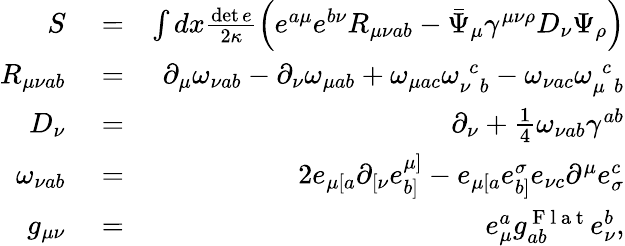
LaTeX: \begin{array}{rlr}{S}&{{}=}&{\int dx\frac{\operatorname*{det}e}{2\kappa}\left(e^{a\mu}e^{b\nu}R_{{\mu\nu}ab}-\bar{\Psi}_{\mu}\gamma^{{\mu\nu}\rho}D_{\nu}\Psi_{\rho}\right)}\\ {R_{{\mu\nu}ab}}&{{}=}&{\partial_{\mu}\omega_{\nu ab}-\partial_{\nu}\omega_{\mu ab}+\omega_{\mu ac}\omega_{\nu\, \, b}^{\, \, c}-\omega_{\nu ac}\omega_{\mu\, \, b}^{\, \, c}}\\ {D_{\nu}}&{{}=}&{\partial_{\nu}+\frac{1}{4}\omega_{\nu ab}\gamma^{ab}}\\ {\omega_{\nu ab}}&{{}=}&{2e_{\mu[a}\partial_{[\nu}e_{b]}^{\mu]}-e_{\mu[a}e_{b]}^{\sigma}e_{\nu c}\partial^{\mu}e_{\sigma}^{c}}\\ {g_{\mu\nu}}&{{}=}&{e_{\mu}^{a}g_{ab}^{\mathrm{~F~l~a~t~}}e_{\nu}^{b},}\end{array}